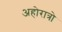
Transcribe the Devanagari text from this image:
अहोरात्रो